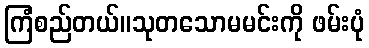
ကြံစည်တယ်။သုတသောမမင်းကို ဖမ်းပုံ